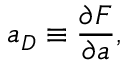
a _ { D } \equiv \frac { \partial { \cal F } } { \partial a } ,